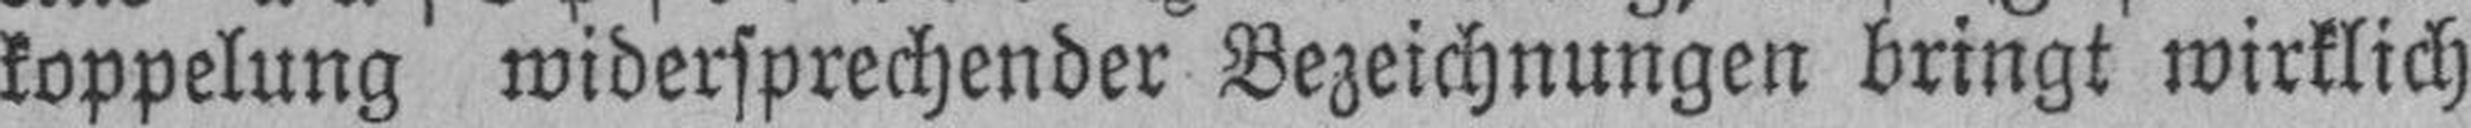
koppelung widersprechender Bezeichnungen bringt wirklich